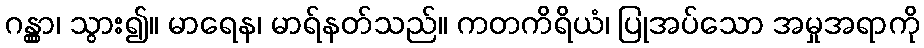
ဂန္တွာ၊ သွား၍။ မာရေန၊ မာရ်နတ်သည်။ ကတကိရိယံ၊ ပြုအပ်သော အမှုအရာကို